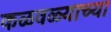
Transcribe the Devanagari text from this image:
कळवळ्याच्या